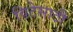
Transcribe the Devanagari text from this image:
विटेसाठी